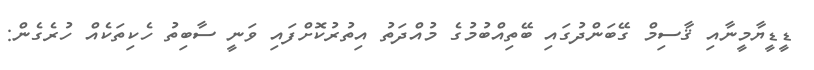
ޑީޑީޔާމީނާއި ޤާސިމް ގޭބަންދުގައި ބޭތިއްބުމުގެ މުއްދަތު އިތުރުކޮށްފައި ވަނީ ސާބިތު ހެކިތަކެއް ހުރެގެން: